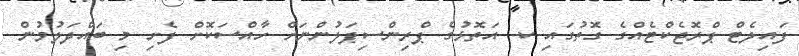
ފައިލެޓް ޕްރޮޖެކްޓެއްގެ ގޮތުގައި ކ. އަތޮޅުގެ ޕްރިންސިޕަލުންނަށް ހާއްސަކޮށް ފެށި މި ބައްދަލުވުން